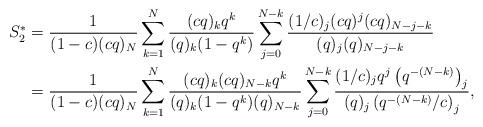
LaTeX: \begin{align*} S_2^{*}& =\frac{1}{(1-c)(cq)_N} \sum_{k=1}^N \frac{(cq)_k q^k}{(q)_k (1-q^k) } \sum_{j=0}^{N-k} \frac{(1/c)_j (cq)^j (cq)_{N-j-k}}{(q)_j(q)_{N-j-k}} \\ & = \frac{1}{(1-c)(cq)_N} \sum_{k=1}^N \frac{(cq)_k (cq)_{N-k}q^k}{(q)_k (1-q^k)(q)_{N-k} } \sum_{j=0}^{N-k} \frac{(1/c)_j q^j \left(q^{-(N-k)}\right)_j}{(q)_j \left(q^{-(N-k)}/c\right)_j},\end{align*}